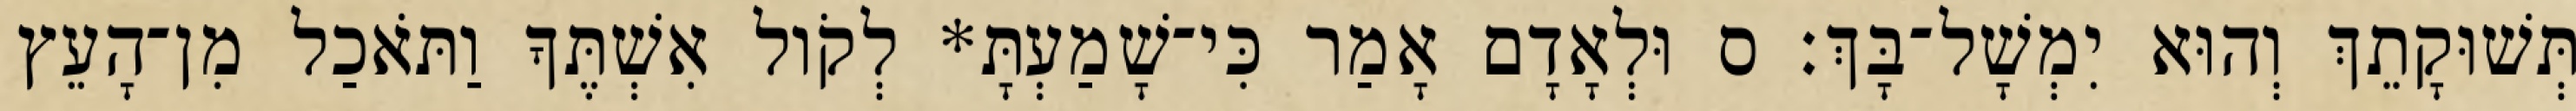
תְּשׁוּקָתֵךְ וְהוּא יִמְשָׁל־בָּךְ׃ ס וּלְאָדָם אָמַר כִּי־שָׁמַעְתָּ* לְקֹול אִשְׁתֶּךָ וַתֹּאכַל מִן־הָעֵץ